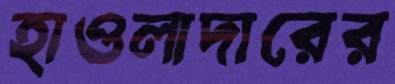
হাওলাদারের